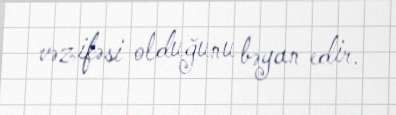
vəzifəsi olduğunu bəyan edir.